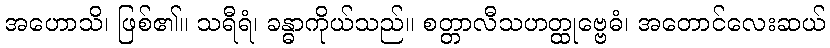
အဟောသိ၊ ဖြစ်၏။ သရီရံ၊ ခန္ဓာကိုယ်သည်။ စတ္တာလီသဟတ္ထုဗ္ဗေဓံ၊ အတောင်လေးဆယ်